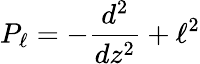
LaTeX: P_{\ell}=-{\frac{d^{2}}{dz^{2}}}+\ell^{2}